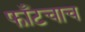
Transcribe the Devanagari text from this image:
फाँटचाच